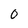
Character: 0